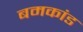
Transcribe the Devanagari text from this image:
बमकांड